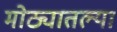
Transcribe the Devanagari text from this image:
मोठ्यातल्या